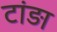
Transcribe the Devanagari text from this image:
टांड़ा